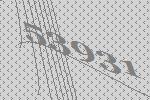
53931